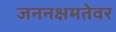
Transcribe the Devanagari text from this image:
जननक्षमतेवर